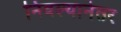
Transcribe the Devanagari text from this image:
निवल्यानंतर